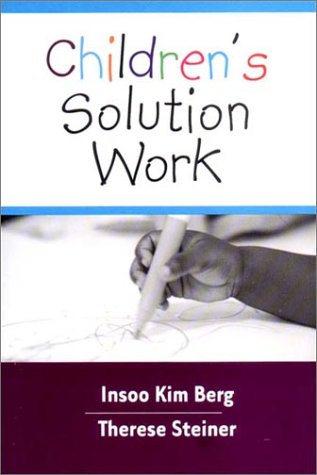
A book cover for Children's Solution Work; Insoo Kim Berg; Medical Books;